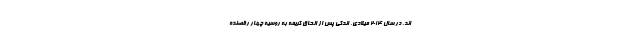
اند. در سال ۲۰۱۴ میلادی، اندکی پس از الحاق کریمه به روسیه چهار رقصنده